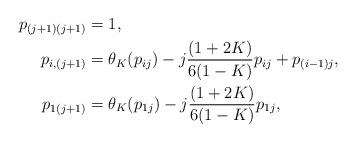
LaTeX: \begin{align*} p_{(j+1)(j+1)} &= 1,\\ p_{i,(j+1)} &= \theta_K(p_{ij}) - j\frac{(1+2K)}{6(1-K)}p_{ij} + p_{(i-1)j},\\p_{1(j+1)} &= \theta_K(p_{1j}) - j\frac{(1+2K)}{6(1-K)}p_{1j},\end{align*}